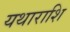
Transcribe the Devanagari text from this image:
यथाराशि